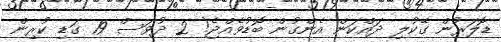
ޑޮލަރުން ގޭކުލި ދައްކަން އެންގުން ބޮޑުވެއްޖެ! 2 ދުވަސް 19 ގަޑި ކުރިން